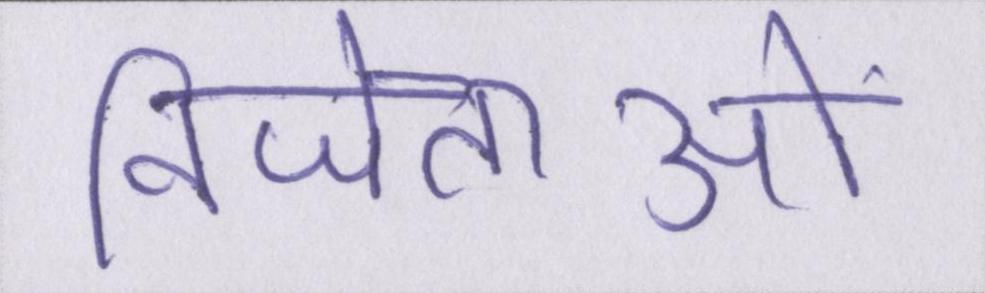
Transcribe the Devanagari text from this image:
विजेताओं